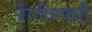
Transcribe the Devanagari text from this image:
रंगविणारी